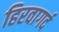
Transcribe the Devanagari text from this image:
हिरवागर्द